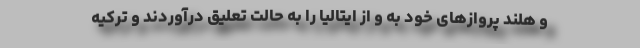
و هلند پروازهای خود به و از ایتالیا را به حالت تعلیق درآوردند و ترکیه